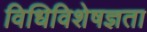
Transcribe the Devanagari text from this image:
विधिविशेषज्ञता